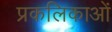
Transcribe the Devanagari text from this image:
प्रकलिकाओं